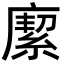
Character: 緳